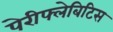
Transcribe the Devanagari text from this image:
पेरीफ्लेबिटिस